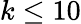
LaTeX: k\leq 10